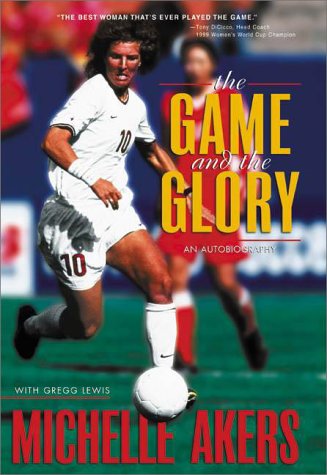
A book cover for The Game and the Glory; Michelle Akers; Sports & Outdoors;